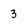
Character: 3